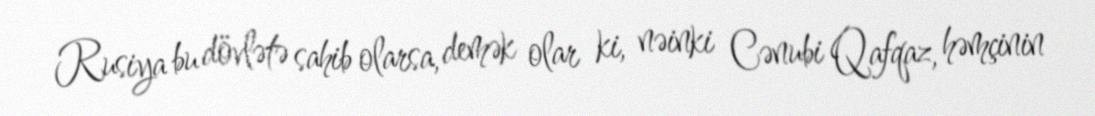
Rusiya bu dövlətə sahib olarsa, demək olar ki, nəinki Cənubi Qafqaz, həmçinin